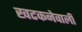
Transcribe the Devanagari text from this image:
खटकनेवाली